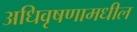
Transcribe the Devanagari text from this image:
अधिवृषणामधील